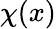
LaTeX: \chi(x)